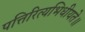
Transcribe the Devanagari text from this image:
पत्तिरित्यभिधीयते॥